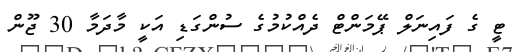
ޓީ ގެ ފައިނަލް ޕޭމަންޓް ދެއްކުމުގެ ސުންގަޑި އަކީ މާދަމާ 30 ޖޫން